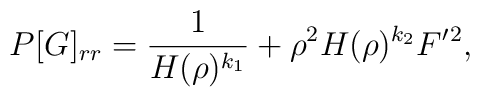
P[G]_{rr}=\frac{1}{H(\rho)^{k_{1}}}+\rho^{2}H(\rho)^{k_{2}}F^{\prime}{}^{2},